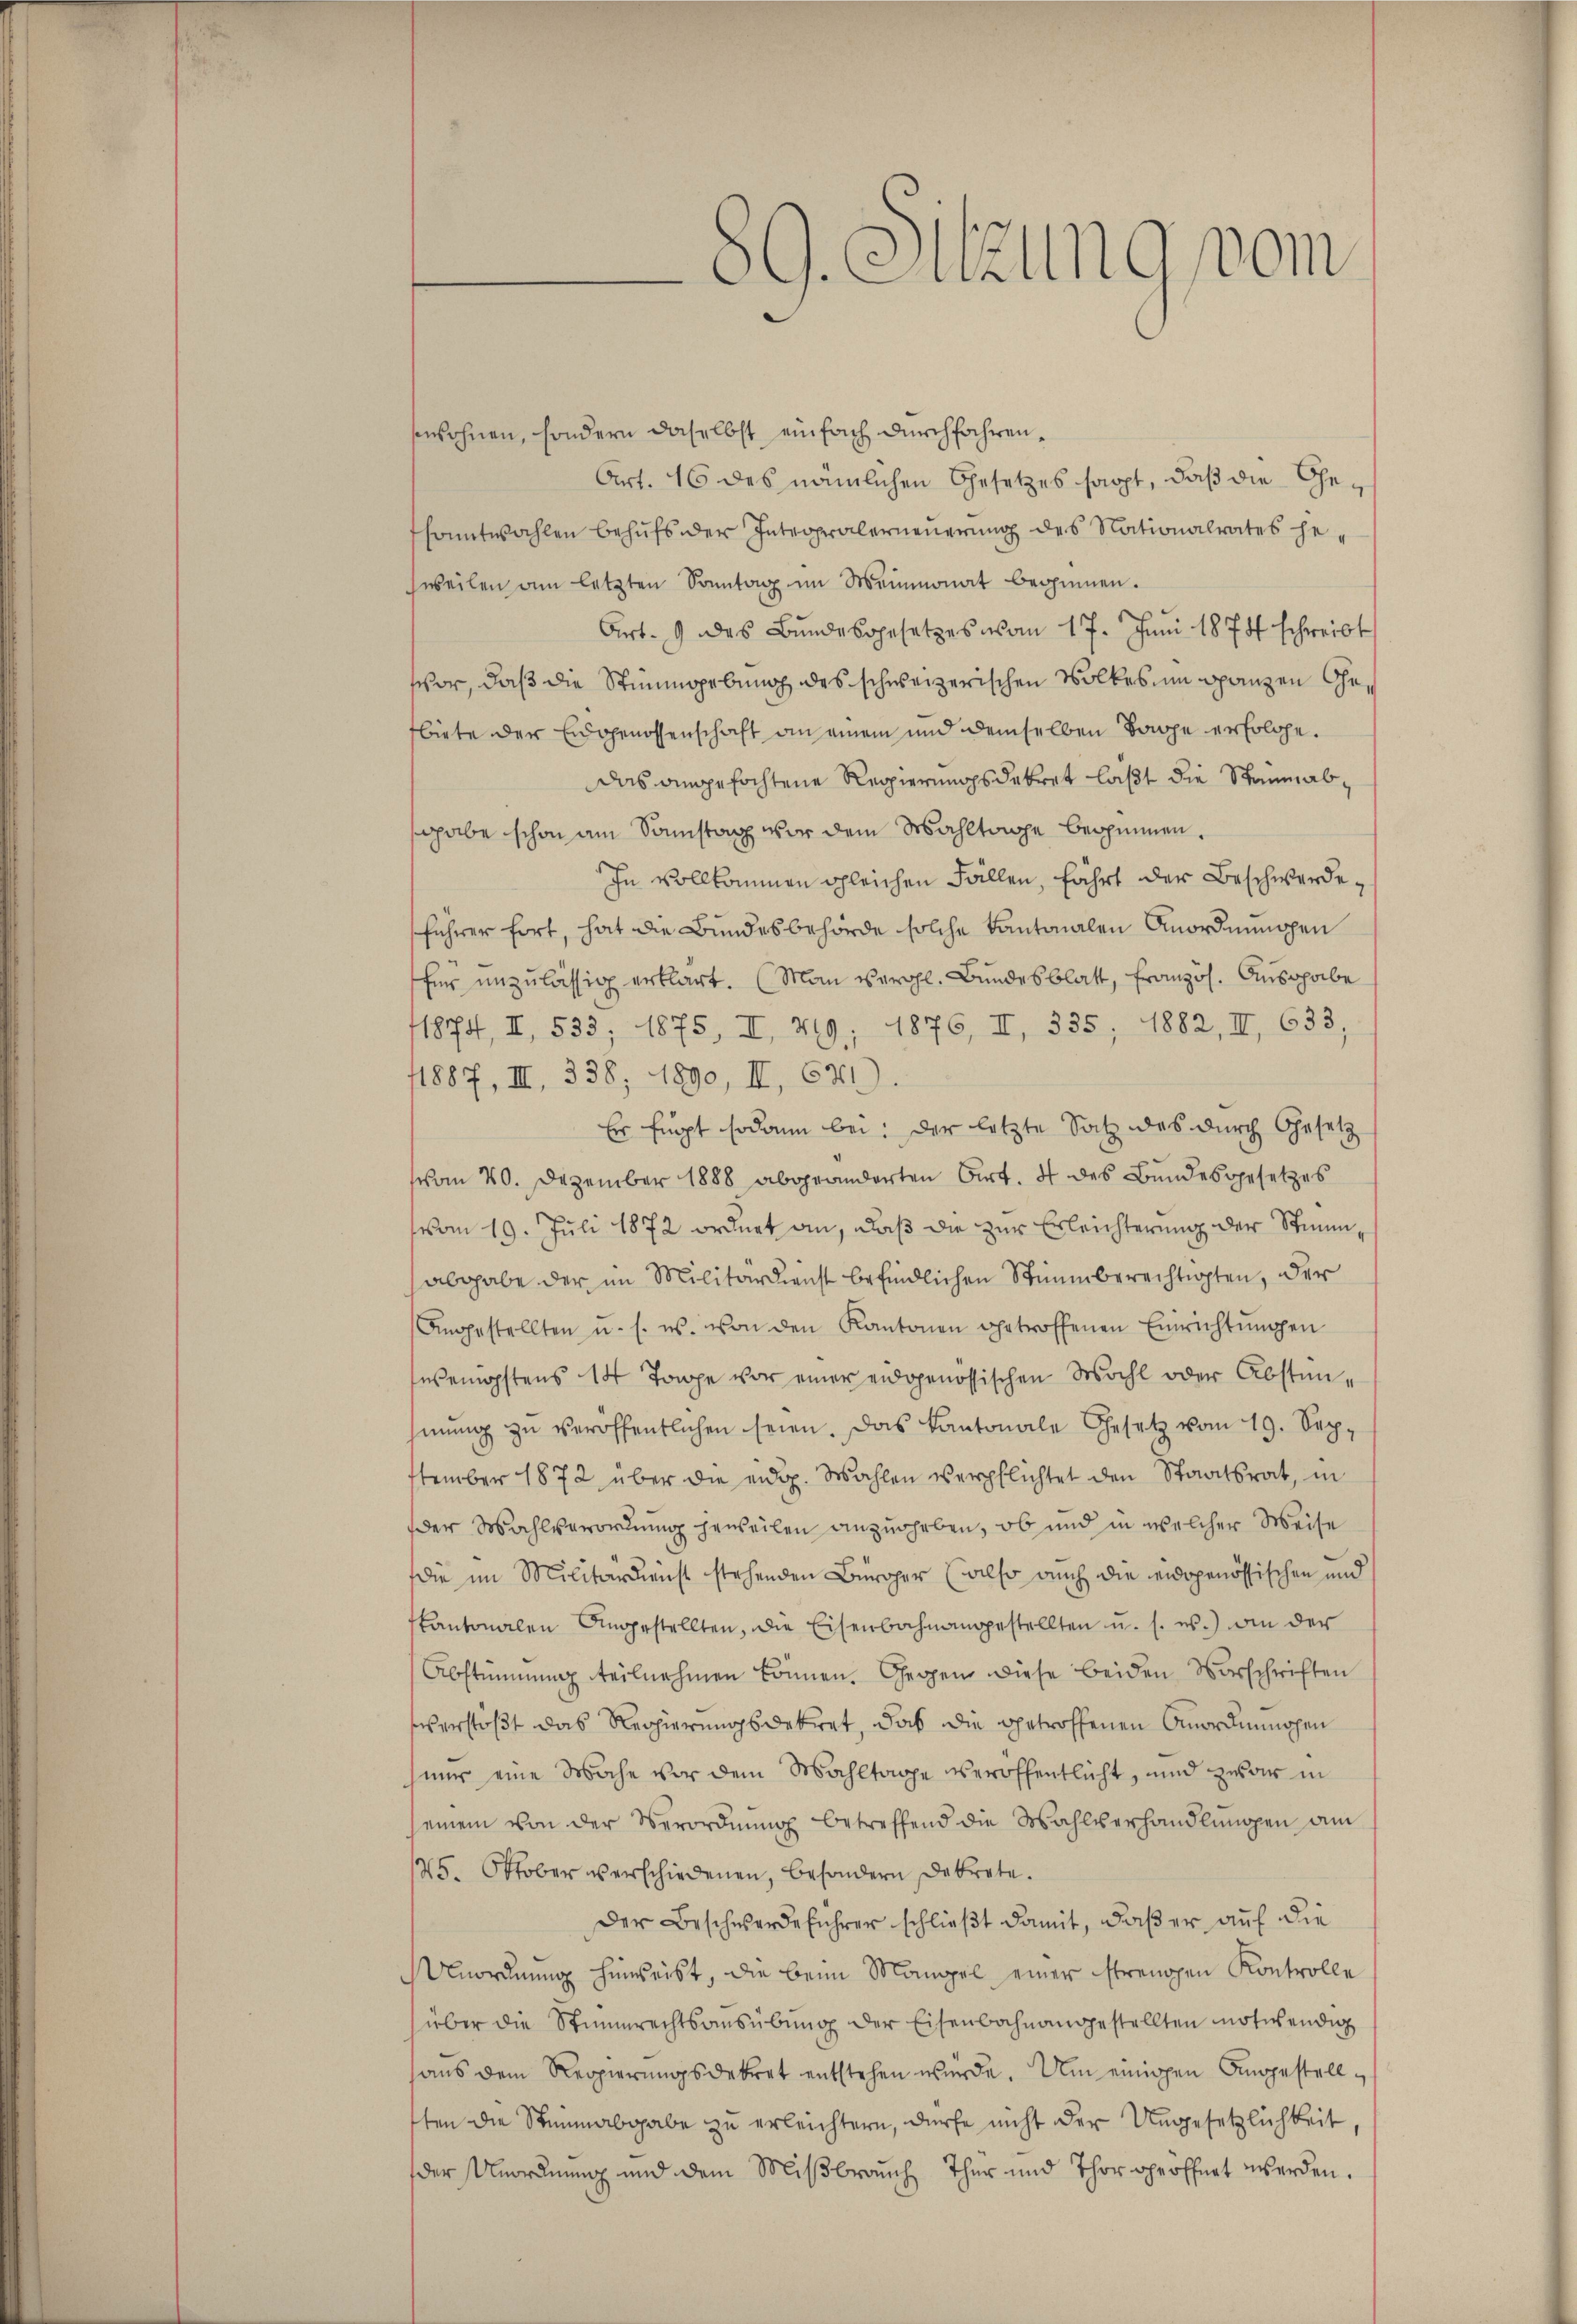
wohnen, sondern daselbst einfach durchfahren¬
Art. 16 des nämlichen Gesetzes sappt, daß die Ge¬
Esamtwahlen behufs der Integralerneuerung des Nationalrates hesweilen am letzten Sonntag im Meinmonat beginnen.
Art. 9 des Bundesgesetzes vom 17. Juni 1874 schreibt
vor, daß die Stimmgebung des schweizerischen Volkes um ganzen Gebiete der Eidgenossenschaft an einem und demselben Tage erfolge.
Das angefochtene Regierungsdekret laßt die Staumabsgabe schon am Sonstag vor dem Mahltage beginnen.
In vollkommen gleichen Fällen, fährt der Beschwerde,
führer fort, hat die Bundesbehörde solche Kantonalen Anordnungen
für unzulässig erklärt. (Man vergl. Bundesblatt, französ. Ausgabe
1874, II, 535, 1875, II, 219; 1876, II, 335; 1882, III 633,
1887, III, 338, 1890, II, 671).
Er fügt sodann bei: der letzte Satz des durch Gesetz
vom 20. Dezember 1888 abgeänderten Art. 4 des Bundesgesetzes
vom 19. Juli 1872 ordnet an, daß die zur Erleichterung der Stimmabgabe der im Militärdienst befindlichen Stimmberechtigten, der
Angestellten u. s. w. von den Kantonen getroffenen Einrichtŭngen
wenigstens 14 Tage vor einer eidgenössischen Wahl oder Abstunmŭng zu veröffentlichen seien. Das Kantonale Gesetz vom 19. September 1872 über die eidg. Wahlen verpflichtet den Staatsrat, in
der Wahlverordnung jeweilen anzugeben, ob und in welcher Weise
die im Militärdienst stehenden Bürger (also auch die eidgenössischen und
kantonalen Angestellten, die Eisenbahnangestellten u. s. w.) an der
Abstimmung teilnehmen können. Gegen diese beiden Vorschriften
verstößt das Regierungsdekret, daß die getroffenen Anordnungen
hnur eine Wache vor dem Mahltage veröffentlicht, und zwar in
seinem von der Verordnŭng betreffend die Wahlverhandlŭngen am
125. Oktober verschiedenen, besondern Dekrete.
Der Beschwerdeführer schlieβt damit, daβ er auf die
Unordnung hinweist, die beim Mangel einer strengen Kontrolle
über die Stimmrechtsaŭsübŭng der Eisenbahnangestellten notwendig
haus dem Reppierungsdekret entstehen wurde. Um einigen Angestellten die Stimmabgabe zŭ erleichtern, dürfe nicht der Ungesetzlichkeit,
der Unordnung und dem Mißbrauch Thur und Thor opeoffert werden.

89. Sitzung vom
h